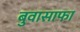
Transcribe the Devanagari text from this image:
बुवासाफा